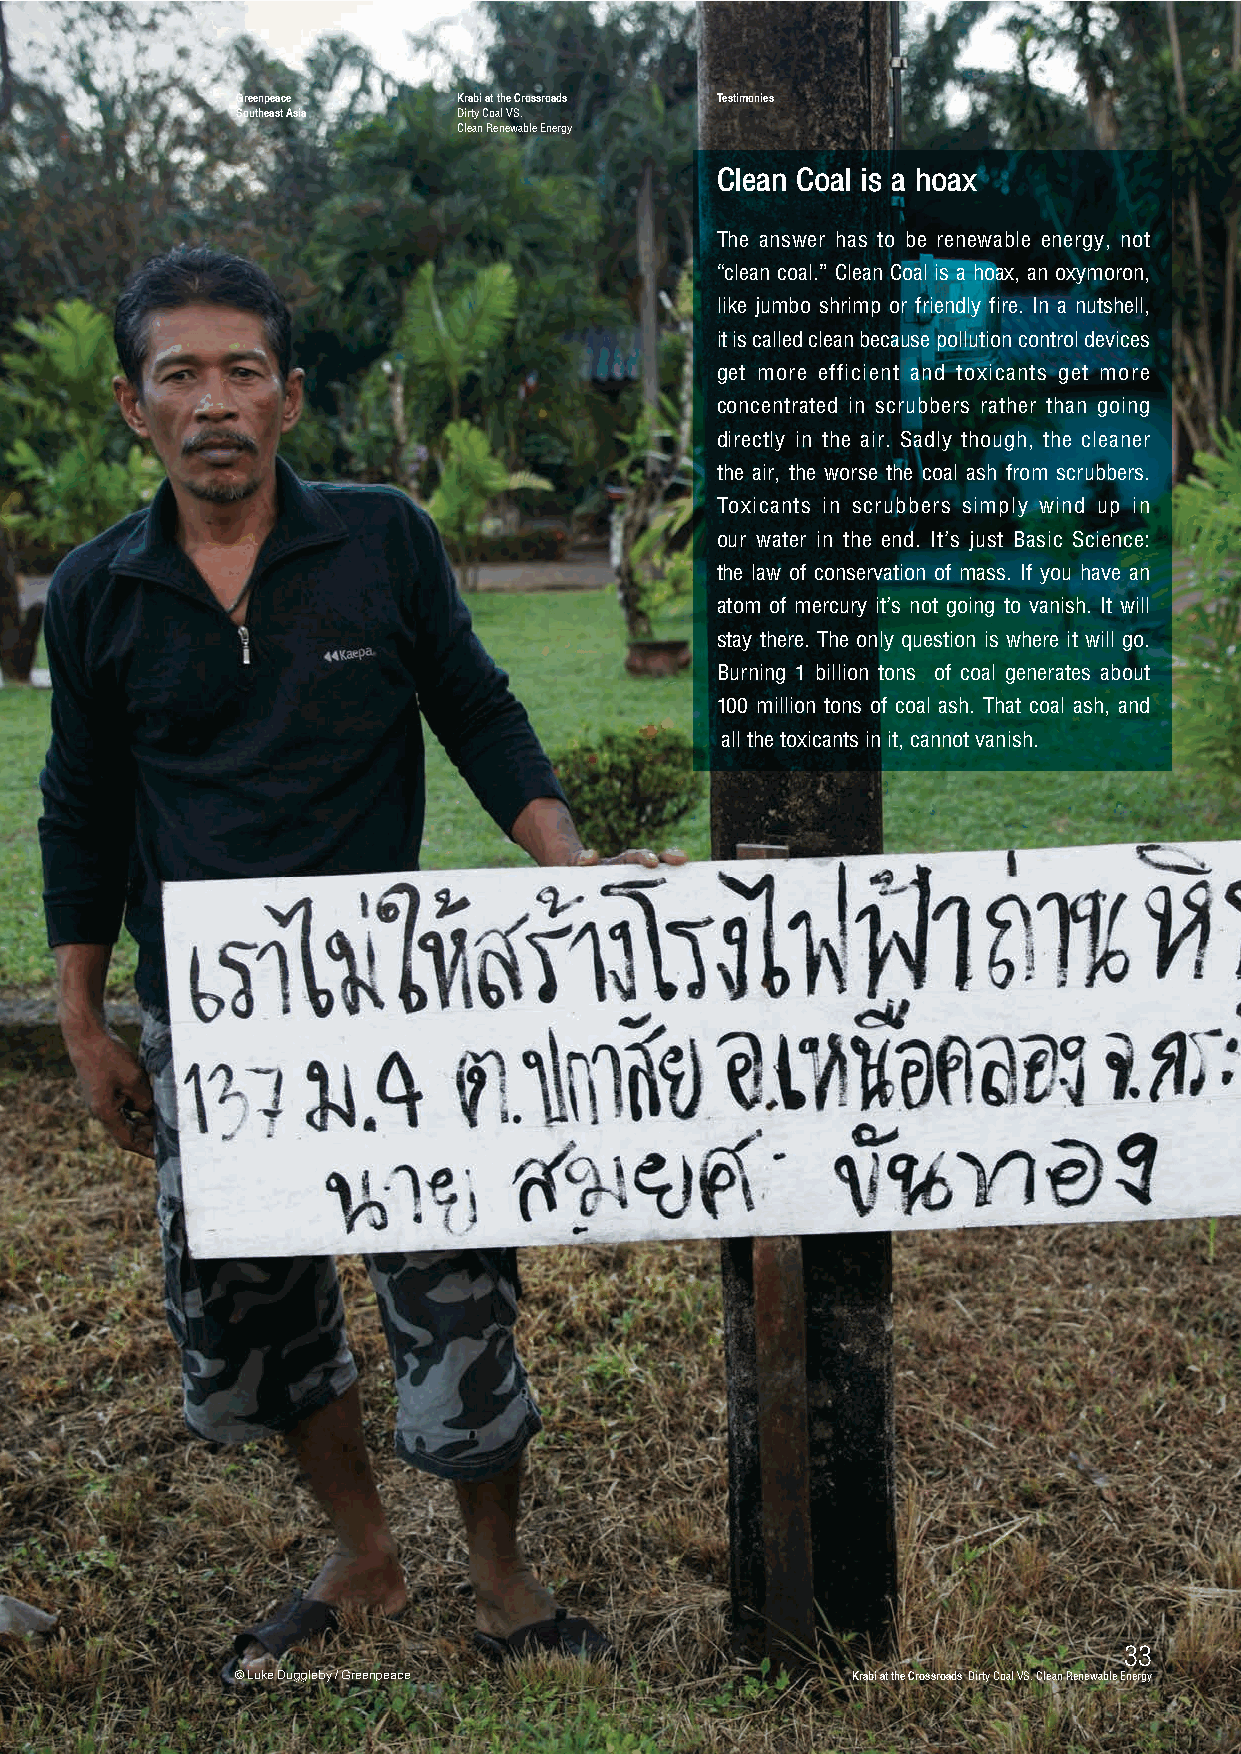
GGrreeeennppeeaaccee KKrraabbii aatt tthhee CCrroossssrrooaaddss Testimonies
 SSoouutthheeaasstt AAssiiaa DDiirrttyy CCooaall VVSS..
 CClleeaann RReenneewwaabbllee EEnneerrggyy
 Clean Coal is a hoax
 The answer has to be renewable energy, not
 “clean coal.” Clean Coal is a hoax, an oxymoron,
 like jumbo shrimp or friendly fire. In a nutshell,
 it is called clean because pollution control devices
 get more efficient and toxicants get more
 concentrated in scrubbers rather than going
 directly in the air. Sadly though, the cleaner
 the air, the worse the coal ash from scrubbers.
 Toxicants in scrubbers simply wind up in
 our water in the end. It’s just Basic Science:
 the law of conservation of mass. If you have an
 atom of mercury it’s not going to vanish. It will
 stay there. The only question is where it will go.
 Burning 1 billion tons of coal generates about
 100 million tons of coal ash. That coal ash, and
 all the toxicants in it, cannot vanish.
 3333
 © Luke Duggleby / Greenpeace            KKrraabbii aatt tthhee CCrroossssrrooaaddss DDiirrttyy CCooaall VVSS.. CClleeaann RReenneewwaabbllee EEnneerrggyy